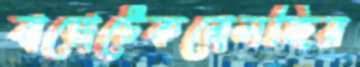
বায়োটেকনোলজির